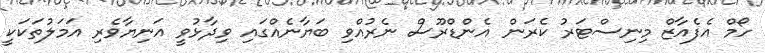
ހޯމް އެފެއާޒް މިނިސްޓަރު ކެރަން އެންޑްރޫސް ނެރުއްވި ބަޔާނެއްގައި ވިދާޅުވީ އަނިޔާވެރި އަމަލުތަކަކީ